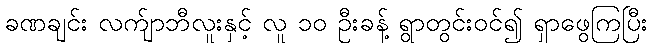
ခဏချင်း လက်ျာဘီလူးနှင့် လူ ၁၀ ဦးခန့် ရွာတွင်းဝင်၍ ရှာဖွေကြပြီး